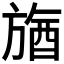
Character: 𣄉